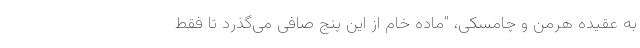
به عقیده هرمن و چامسکی، "ماده خام از این پنج صافی می‌گذرد تا فقط